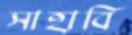
সাহাবি